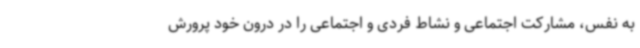
به نفس، مشارکت اجتماعی و نشاط فردی و اجتماعی را در درون خود پرورش